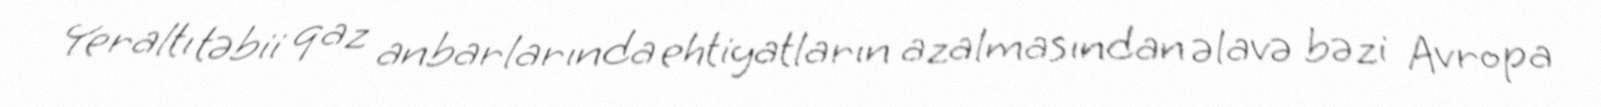
Yeraltı təbii qaz anbarlarında ehtiyatların azalmasından əlavə bəzi Avropa